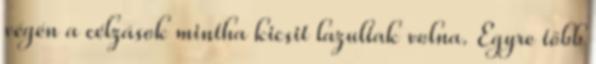
végén a célzások mintha kicsit lazultak volna. Egyre több